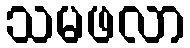
သမဖလာ